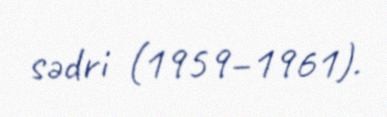
sədri (1959–1961).